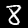
Digit: 8